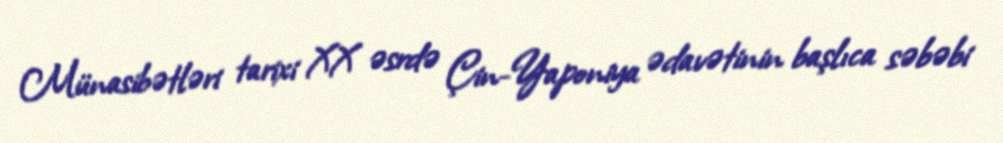
Münasibətləri tarixi XX əsrdə Çin-Yaponiya ədavətinin başlıca səbəbi